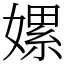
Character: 嫘